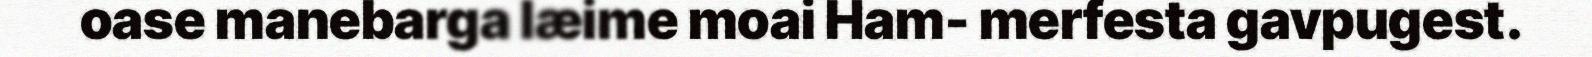
oase manebarga læime moai Ham- merfesta gavpugest.